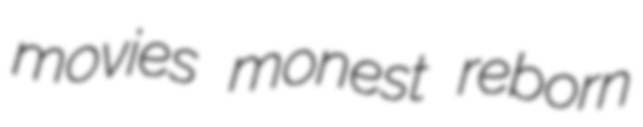
movies monest reborn